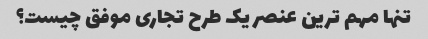
تنها مهم ترین عنصر یک طرح تجاری موفق چیست؟